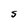
Character: S